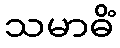
သမာဓိံ